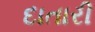
દાતારી